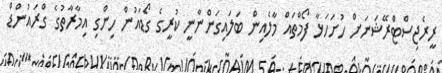
ރީރެޖިސްޓްރޭޝަނަށް ހުށަހަޅާ ފޯމްތައް މާލެއިން ބަލައިގަންނާނީ ކުރީގެ ގޯޑައުން ހިންގި އިމާރާތުގެ ގްރައުންޑް